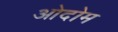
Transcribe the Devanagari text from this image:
ओदोम